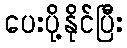
ပေးပို့နိုင်ပြီး